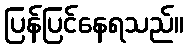
ပြန်ပြင်နေရသည်။